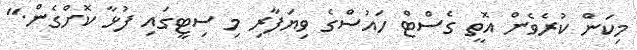
މިކަން ކުރެވެން އޮތީ ގެސްޓް ހައުސްގެ ވިޔަފާރި މި ސިޓީގައި ފުޅާ ކޮށްގެން."